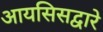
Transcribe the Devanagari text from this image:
आयसिसद्वारे